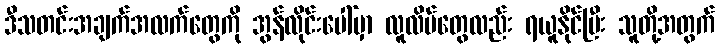
ဒီသတင်းအချက်အလက်တွေကို အွန်လိုင်းပေါ်မှာ လူလိမ်တွေလည်း ရယူနိုင်ပြီး သူတို့အတွက်